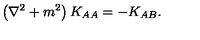
\left( \nabla ^ { 2 } + m ^ { 2 } \right) K _ { A A } = - K _ { A B } .